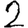
Digit: 2